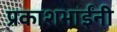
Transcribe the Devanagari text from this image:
प्रकाशभाईंनी